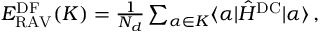
\begin{array} { r } { E _ { \mathrm { R A V } } ^ { \mathrm { D F } } ( K ) = \frac { 1 } { N _ { d } } \sum _ { \alpha \in K } \langle \alpha | \hat { H } ^ { \mathrm { D C } } | \alpha \rangle \, , } \end{array}